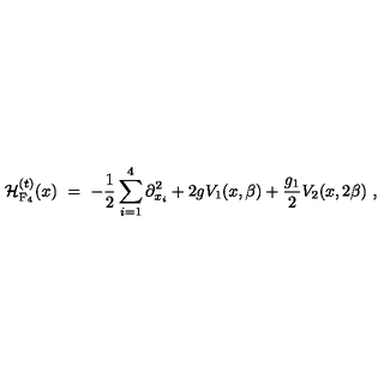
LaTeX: { \cal H } _ { \mathrm { F _ { 4 } } } ^ { ( t ) } ( x ) \ = \ - \frac { 1 } { 2 } \sum _ { i = 1 } ^ { 4 } \partial _ { x _ { i } } ^ { 2 } + 2 g V _ { 1 } ( x , \beta ) + \frac { g _ { 1 } } { 2 } V _ { 2 } ( x , 2 \beta ) \ ,